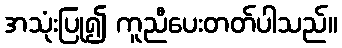
အသုံးပြု၍ ကူညီပေးတတ်ပါသည်။